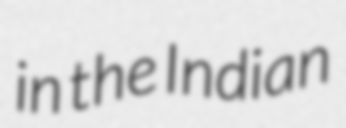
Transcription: in the Indian